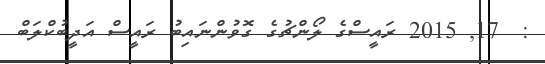
:  17